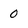
Character: 0